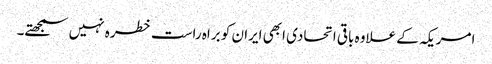
امریکہ کے علاوہ باقی اتحادی ابھی ایران کو براہ راست خطرہ نہیں سمجھتے۔